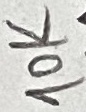
Text: 10K